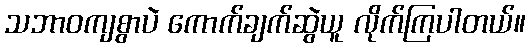
သဘာဝကျစွာပဲ ကောက်ချက်ဆွဲယူ လိုက်ကြပါတယ်။